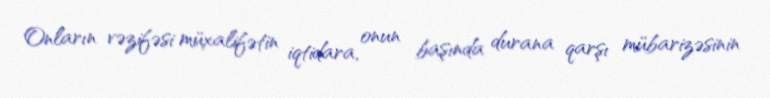
Onların vəzifəsi müxalifətin iqtidara, onun başında durana qarşı mübarizəsinin